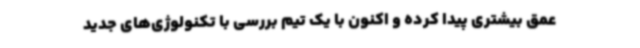
عمق بیشتری پیدا کرده و اکنون با یک تیم بررسی با تکنولوژی‌های جدید